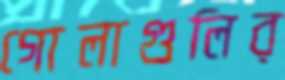
গোলাগুলির